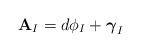
LaTeX: \begin{align*}\mathbf{A}_{I} = d\phi_{I} + \boldsymbol\gamma_{I}\end{align*}